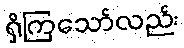
ရှိကြသော်လည်း